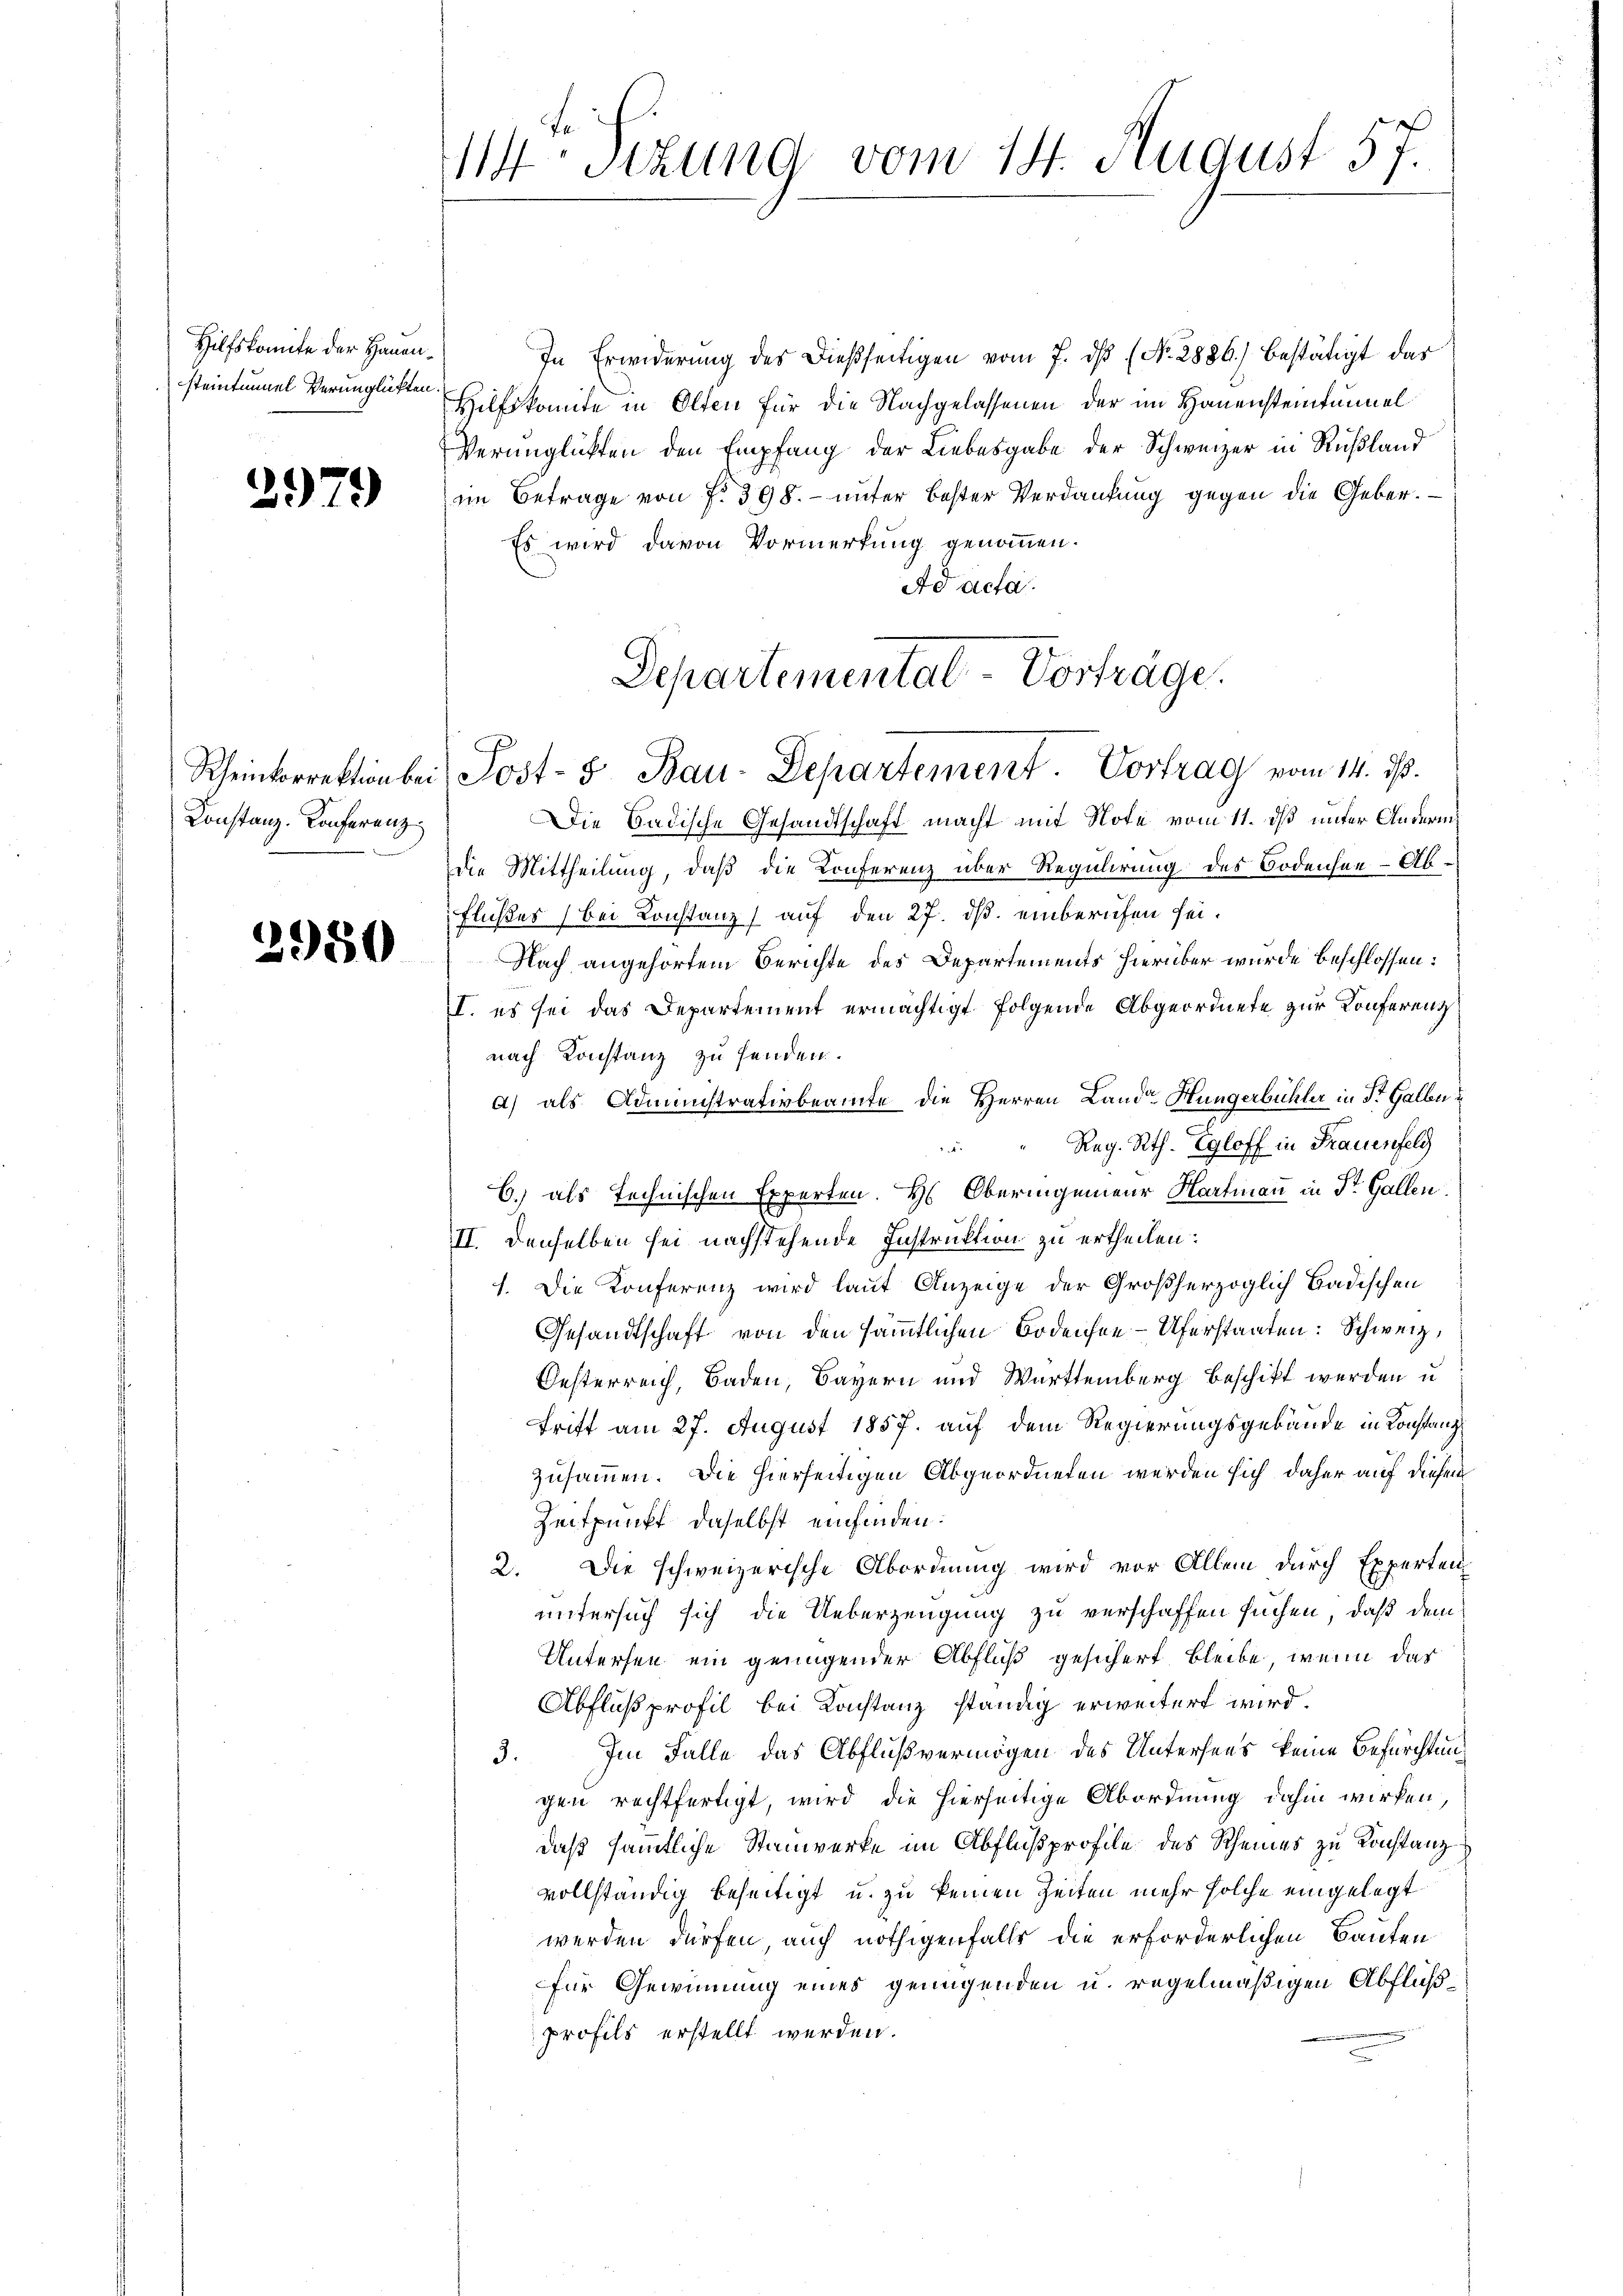
Hilfskomite der Hauensteintunnel Verunglükten.

2979

Konstanz-Konferenz

2950

114 Sizung vom 14. August 57.

In Erwiderung des dießseitigen vom 7. dß (No. 2886) bestätigt das
Hilfskomite in Olten für die Nachgelassenen der im Hauensteintunnel
Verünglichten den Empfang der Liebesgabe der Schweizer in Rußland
im Betrage von f. 398. - unter bester Verdankung gegen die Geber.
Es wird davon Vormerkung genommen.
Ad acta
Die Badische Gesandtschaft macht mit Note vom 11. ds unter Anderm
die Mittheilung, daß die Conferenz über Regulirung des Bodensee - Ab¬
Flußes bei Konstanz) auf den 27. ds. einberufen sei.
Nach angehörtem Berichte des Departements hierüber wurde beschlossen:
I. es sei das Departement ermächtigt folgende Abgeordnete zur Konferenznach Konstanz zu senden.
A) als Administrativbeamte die Herren Land-Hungerbühler in St. Gallen u
Reg. Rth. Egloff in Frauenfeld
4
C.) als technischen Experten. Hs. Oberingenieur Hartmann in St. Gallen
II. Denselben sei nachstehende Instruktion zu ertheilen:
1. Die Konferenz wird laut Anzeige der Großherzoglich badischen
Gesandtschaft von den sämmtlichen Bodensee–Uferstanten: Schweiz,
Oesterreich, Baden, Bayern und Württemberg beschikt werden u.
Trift am 27. August 1857. auf dem Regierungsgebäude in Konstanz
zusammen. Die hierseitigen Abgeordneten werden sich daher auf diesem
Zeitpunkt daselbst einfinden:
2. Die schweizerische Abordnung wird vor Allem durch Experten
untersuch sich die Ueberzeugung zu verschaffen suchen, daß dem
Untersen ein genügender Abfluß gesichert bleibe, wenn das
Abfluß profil bei Konstanz ständig erweitert wird.
3. Im Falle das Abflußvermögen des Untersees keine Befürchtung
gen rechtfertigt, wird die hierseitige Abordnung dahin wirken,
daß sämmtliche Stanwerke im Abflußprofile des Rheines zu Konstanzvollständig beseitigt u. zu keinen Zeiten mehr solche eingelegt
werden dürfen, auch nöthigenfalls die erforderlichen Bauten
für Gewinnung eines genügenden u. regelmäßigen Abflußprofils erstellt werden.

Departemental-Vorträge.
Rheinkorrektion bei Post- & Bau-Departement. Vortrag vom 14. ds.